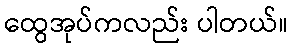
ထွေအုပ်ကလည်း ပါတယ်။